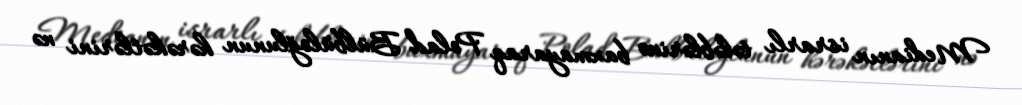
Medianın israrlı tələblərinə baxmayaraq Polad Bülbüloğlunun hərəkətlərini nə